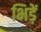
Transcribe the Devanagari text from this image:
भिड़ें